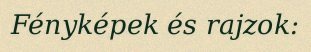
Fényképek és rajzok: